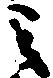
之